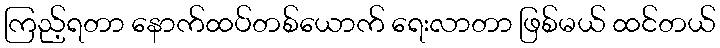
ကြည့်ရတာ နောက်ထပ်တစ်ယောက် ရေးလာတာ ဖြစ်မယ် ထင်တယ်